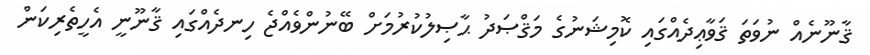
ޤާނޫނެއް ނުވަތަ ޤަވާޢިދެއްގައި ކޮމިޝަނުގެ މަޤްޞަދު ޙާޞިލުކުރުމަށް ބޭނުންވެއްޖެ ހިނދެއްގައި ޤާނޫނީ އެހީތެރިކަން